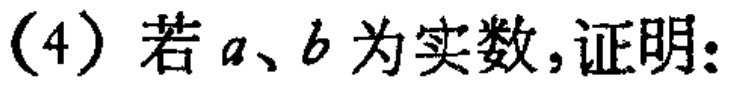
(4) 若 \(a、b\) 为实数，证明：